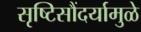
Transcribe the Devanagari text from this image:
सृष्टिसौंदर्यामुळे